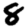
Digit: 8